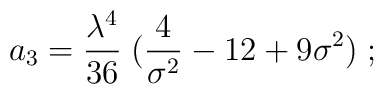
a_3 = {\lambda^4 \over 36}\; ({4\over \sigma^2} - 12 + 9\sigma^2)\;;